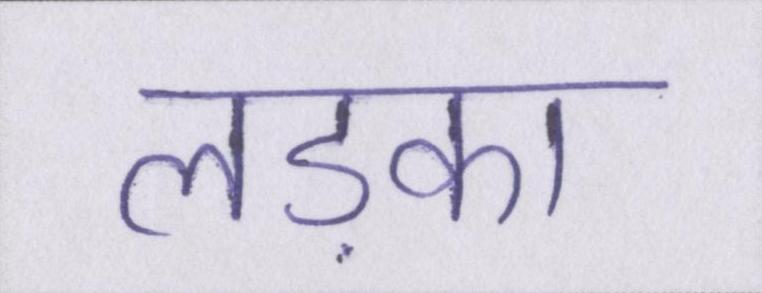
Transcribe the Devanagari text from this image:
लड़का